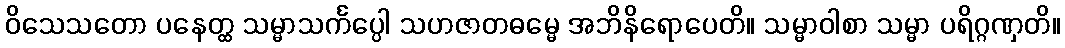
ဝိသေသတော ပနေတ္ထ သမ္မာသင်္ကပ္ပေါ သဟဇာတဓမ္မေ အဘိနိရောပေတိ။ သမ္မာဝါစာ သမ္မာ ပရိဂ္ဂဏှတိ။